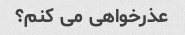
عذرخواهی می کنم؟